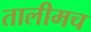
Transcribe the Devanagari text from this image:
तालीमच